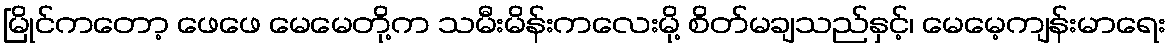
မြိုင်ကတော့ ဖေဖေ မေမေတို့က သမီးမိန်းကလေးမို့ စိတ်မချသည်နှင့်၊ မေမေ့ကျန်းမာရေး